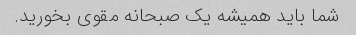
شما باید همیشه یک صبحانه مقوی بخورید.